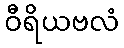
ဝီရိယဗလံ